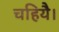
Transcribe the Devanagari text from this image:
चहियै।